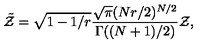
\tilde { \cal Z } = \sqrt { 1 - 1 / r } { \frac { \sqrt { \pi } ( N r / 2 ) ^ { N / 2 } } { \Gamma ( ( N + 1 ) / 2 ) } } { \cal Z } ,